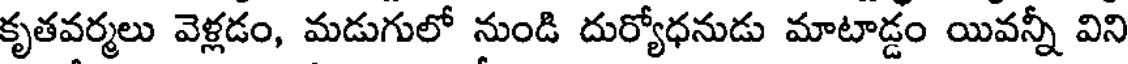
కృతవర్మలు వెళ్లడం, మడుగులో నుండి దుర్యోధనుడు మాటాడ్డం యివన్నీ విని